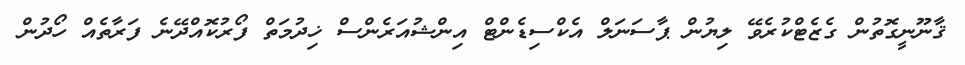
ޤާނޫނީގޮތުން ގެޒެޓްކުރެވޭ ލިޔުން ޕާސަނަލް އެކްސިޑެންޓް އިންޝުއަރެންސް ޚިދުމަތް ފޯރުކޮއްދޭނެ ފަރާތެއް ހޯދުން